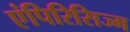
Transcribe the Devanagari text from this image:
एंपिरिसिज्म